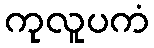
ကုလူပကံ